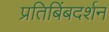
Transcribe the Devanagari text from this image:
प्रतिबिंबदर्शन